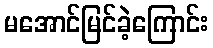
မအောင်မြင်ခဲ့ကြောင်း